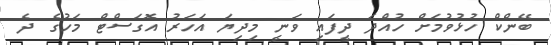
ބޭންކް ހުޅުވުމަށް ހުއްދަ ދީފައި ވަނީ މިދިޔަ އަހަރު އޮގަސްޓް މަހުގެ ދެ